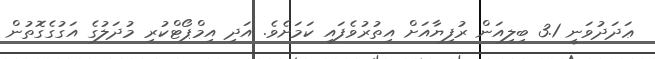
ޢަދަދުވަނީ 3.1 ބިލިއަން ރުފިޔާއަށް އިތުރުވެފައި ކަމަށެވެ. އަދި އިމްޕޯޓްކުރި މުދަލުގެ އަގުގެގޮތުން